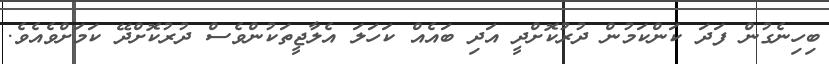
ބިހިނެގުން ފަދަ ކަންކަމުން ދުރުކޮށްދީ އަދި ބައެއް ކަހަލަ އެލާޖީތަކުންވެސް ދުރުކޮށްދޭ ކަމަށްވެއެވެ.